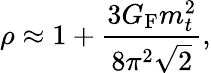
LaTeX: \rho\approx 1+\frac{3G_{\mathrm{F}}m_{t}^{2}}{8\pi^{2}\sqrt{2}},